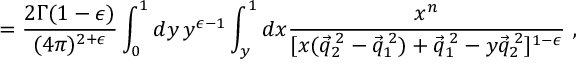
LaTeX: = \frac { 2 \Gamma ( 1 - \epsilon ) } { ( 4 \pi ) ^ { 2 + \epsilon } } \int _ { 0 } ^ { 1 } d y \, y ^ { \epsilon - 1 } \int _ { y } ^ { 1 } d x \frac { x ^ { n } } { [ x ( \vec { q } _ { 2 } ^ { \: 2 } - \vec { q } _ { 1 } ^ { \: 2 } ) + \vec { q } _ { 1 } ^ { \: 2 } - y \vec { q } _ { 2 } ^ { \: 2 } ] ^ { 1 - \epsilon } } ~ ,